Leaving Certificate, 1900
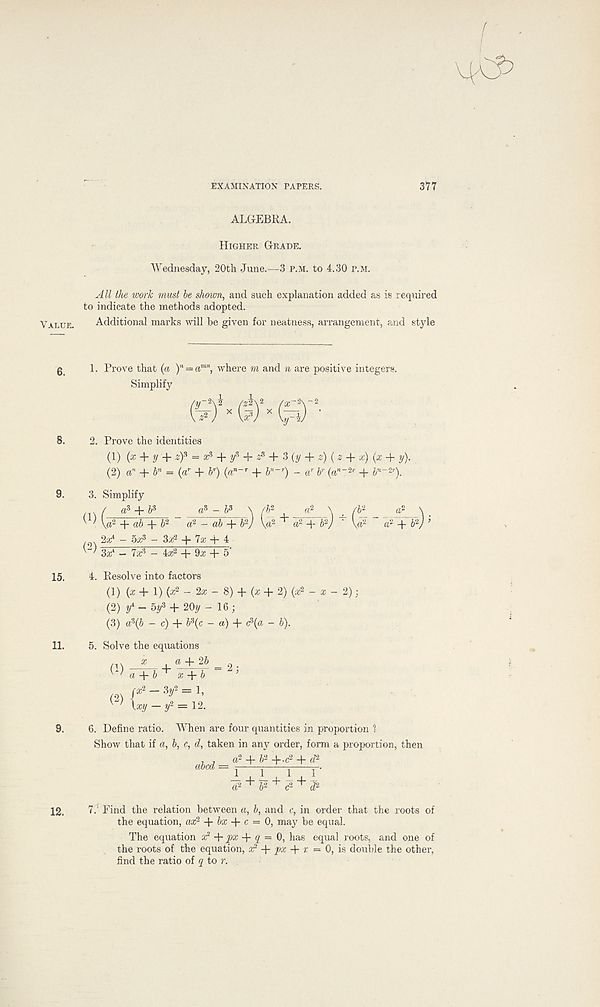
EXAMINATION PAPERS.
377
Value.
6.
8.
9.
15.
11.
9.
12.
ALGEBRA.
Higher Grade.
Wednesday, 20th June.—3 p.m. to 4.30 p.m.
All the work must be shown, and such explanation added as is required
to indicate the methods adopted.
Additional marks will be given for neatness, arrangement, and style
1. Prove that (a ) n = a mn , where m and n are positive integers.
Simplify
2. Prove the identities
(1) (a; + y + zf = f + £ + % {y + z) {z + x) (x + y).
(2) a’ 1 + b” = (a r + ¥) {a*-' + b-*) - a r b* (a"-*' + b’^).
3. Simplify
. / a 3 + b 3
a 3 - b 3 \ A' 2 n 2 \ _ /6 2 « 2 \
G) U 2 + ab +T 2 " a 2 - ab + by V 2 + « 2 + by ^ V “ a 2 + by ’
.
- 5x 3 - 3^2 + 7a: + 4
^ 3tf - 7ar 3 - 4a: 2 + 9a: + 5‘
4. Resolve into factors
(1) (a: + 1) (a; 2 - 2a: - 8) + (a: + 2) (a: 2 - a; - 2);
(2) ^-5^3 + 20^-16;
(3) a 3 (b - c) + b 3 (c - a) + (?(a - b).
5. Solve the equations
a + 2b
(2)
r« 2 — 3y 2 = 1,
\xy - ■- 12.
6. Define ratio. When are four quantities in proportion ?
Show that if a, b, c, d, taken in any order, form a proportion, then
abed = a 2 + 6 2 +-c 2 + (P
l + I , In. 1 '
a 2 ^ b 2^ c 2^^
7.' Find the relation between a, b, and c, in order that the roots of
the equation, ax 2 bx c — 0, may be equal.
The equation x 2 + px q = 0, has equal roots, and one of
the roots of the equation, ar* + _pa; + r = 0, is double the other,
find the ratio of q to r.